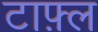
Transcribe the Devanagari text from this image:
टाफ़्ल